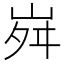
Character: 𡶷